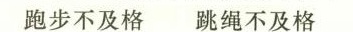
跑步不及格 跳绳不及格